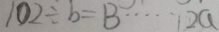
1 0 2 \div b = B \cdots 1 2 a